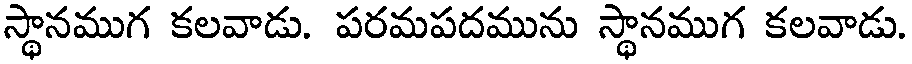
స్థానముగ కలవాడు. పరమపదమును స్థానముగ కలవాడు.